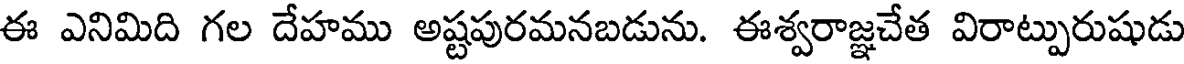
ఈ ఎనిమిది గల దేహము అష్టపురమనబడును. ఈశ్వరాజ్ఞచేత విరాట్పురుషుడు